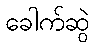
ခေါက်ဆွဲ